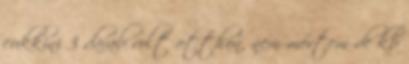
cukkini 3 darab volt otthon, nem mértem de kb